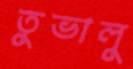
তুভালু